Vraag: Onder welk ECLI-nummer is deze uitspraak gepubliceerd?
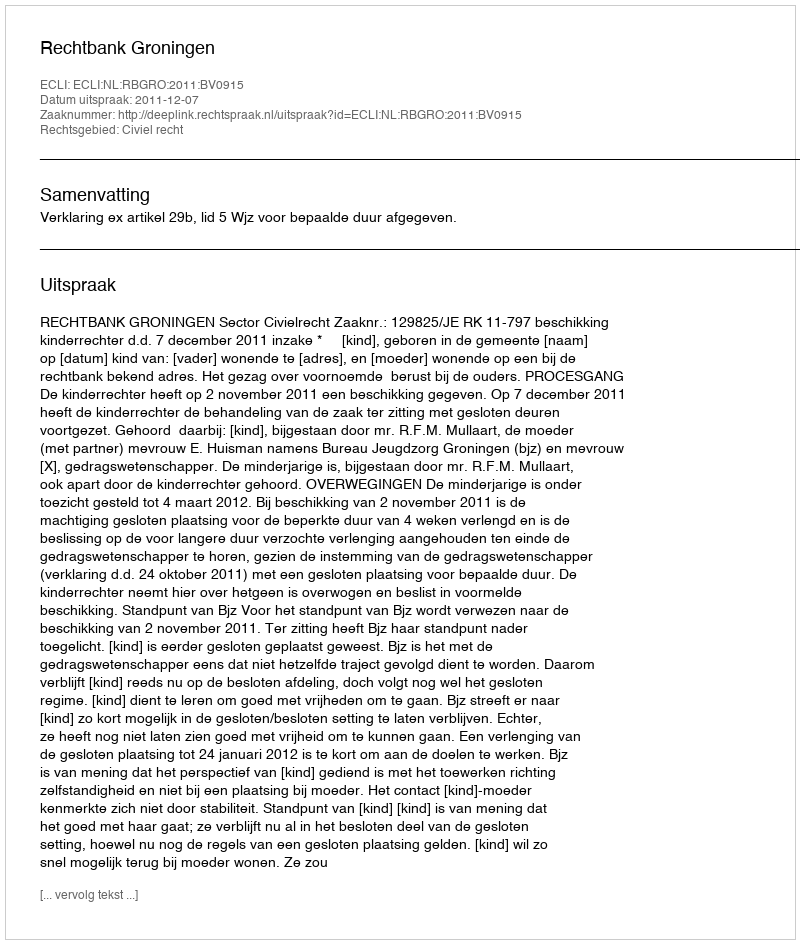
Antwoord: ECLI:NL:RBGRO:2011:BV0915